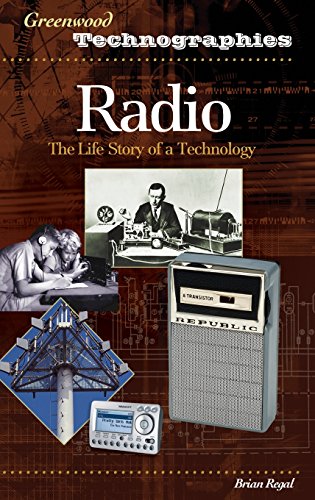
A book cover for Radio: The Life Story of a Technology (Greenwood Technographies); Brian Regal; Humor & Entertainment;